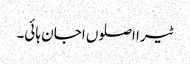
ٹیرا اصلوں اجان ہائی۔